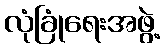
လုံခြုံရေးအဖွဲ့